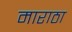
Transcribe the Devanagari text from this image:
माराठा